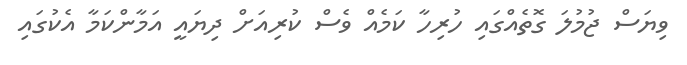
ވިޔަސް ޖުމުލަ ގޮތެއްގައި ހުރިހާ ކަމެއް ވެސް ކުރިއަށް ދިޔައީ އަމާންކަމާ އެކުގައި